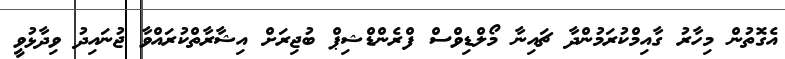
އެގޮތުން މިހާރު ގާއިމްކުރަމުންދާ ޗައިނާ މޯލްޑިވްސް ފްރެންޑްޝިޕް ބުޖިރަށް އިޝާރާތްކުރައްވާ ޖުނައިދު ވިދާޅުވީ